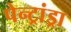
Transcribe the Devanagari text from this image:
पेन्ट्रांड्रा